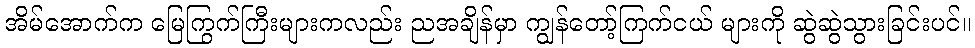
အိမ်အောက်က မြေကြွက်ကြီးများကလည်း ညအချိန်မှာ ကျွန်တော့်ကြက်ငယ် များကို ဆွဲဆွဲသွားခြင်းပင်။